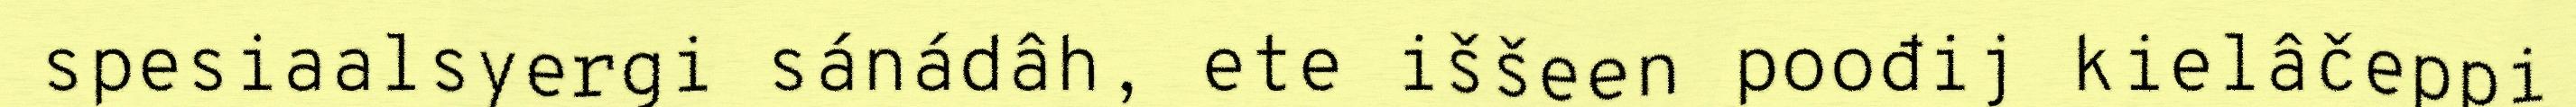
spesiaalsyergi sánádâh, ete iššeen poođij kielâčeppi